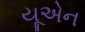
યૂએન